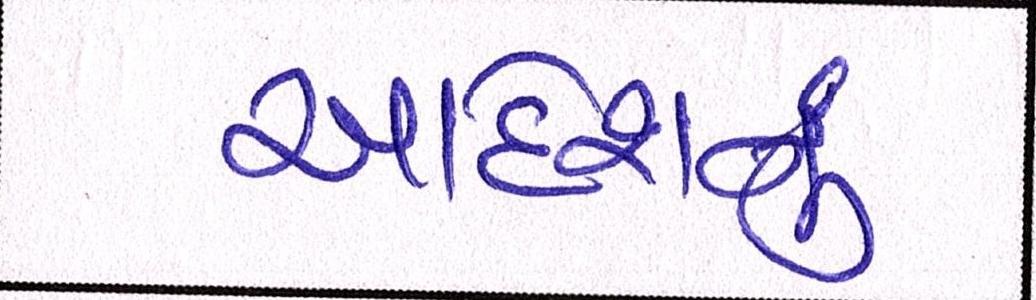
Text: આદેશનનું